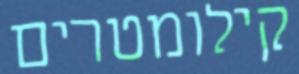
קילומטרים